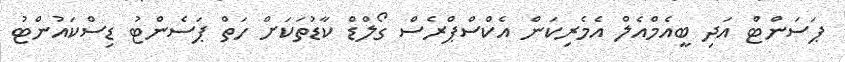
ޕަސަންޓްު އަދި ބީއެމްއެލް އެމެރިކަން އެކްސްޕްރެސް ގޯލްޑް ކާޑުތަކަށް ހަތް ޕަސެންޓު ޑިސްކައުންޓު